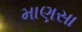
માણસા